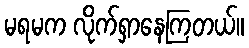
မရမက လိုက်ရှာနေကြတယ်။